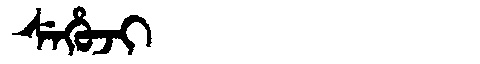
Manchu: ᠰᡝᡥᡠᠵᡳ
Romanization: SEHUJI